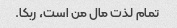
تمام لذت مال من است، ربکا.